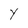
Character: Y